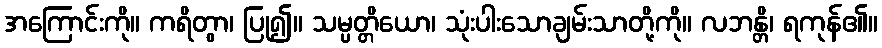
အကြောင်းကို။ ကရိတွာ၊ ပြု၍။ သမ္ပတ္တိယော၊ သုံးပါးသောချမ်းသာတို့ကို။ လဘန္တိ၊ ရကုန်၏။